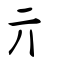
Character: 亓